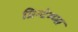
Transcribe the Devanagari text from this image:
प्रिन्टेम्प्स